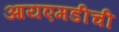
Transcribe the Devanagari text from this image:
आयएमडीची